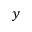
\boldsymbol { y }